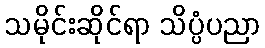
သမိုင်းဆိုင်ရာ သိပ္ပံပညာ